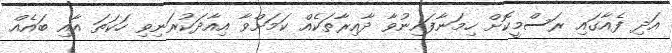
އަދި ފެއާގައި ރަސްމީކޮށް ހިމަނާފައިނުވާ ދާއިރާތަކެއް ކަމަށްވާ އިއާދަކުރަނިވި ހަކަތަ އާއި ބައެއް